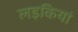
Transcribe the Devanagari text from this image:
लड़कियां